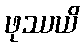
ဖုဿယိ